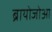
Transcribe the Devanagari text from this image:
ब्रायोजोआ